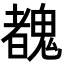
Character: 䰩